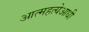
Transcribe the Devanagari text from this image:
आत्महत्येआधी